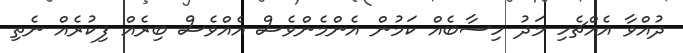
ދުއްވާ އެއްޗެހި މަދު ހިސާބެއް ކަމުން އެންމެންވެސް އެއްވެސް ބިރެއް ފިކުރެއް ނެތި